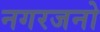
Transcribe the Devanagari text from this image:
नगरजनो